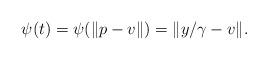
LaTeX: \begin{align*}\psi(t)=\psi(\|p-v\|)=\|y/\gamma-v\|.\end{align*}